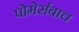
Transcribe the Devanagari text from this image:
पोमेर्सबाच